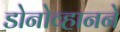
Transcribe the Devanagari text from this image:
डोनोव्हानने